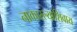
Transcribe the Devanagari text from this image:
नाकारल्याशिवाय